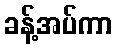
ခန့်အပ်ကာ